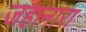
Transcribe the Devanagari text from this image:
जहानारा